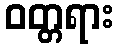
ဝတ္တရား